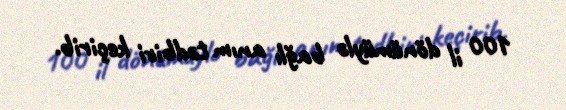
100 il dönümüylə bağlı anım tədbiri keçirib.